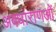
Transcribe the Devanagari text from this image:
अवधाराणओं